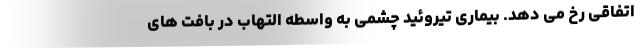
اتفاقی رخ می دهد. بیماری تیروئید چشمی به واسطه التهاب در بافت های